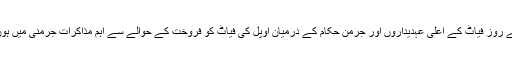
پیر کے روز فیاٹ کے اعلیٰ عہدیداروں اور جرمن حکّام کے درمیان اوپل کی فیاٹ کو فروخت کے حوالے سے اہم مذاکرات جرمنی میں ہوں گے۔